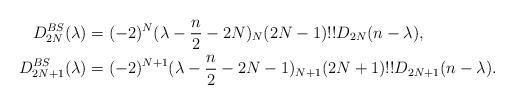
LaTeX: \begin{align*} D^{BS}_{2N}(\lambda)&=(-2)^{N}(\lambda-\frac n2-2N)_N (2N-1)!!D_{2N}(n-\lambda),\\ D^{BS}_{2N+1}(\lambda)&= (-2)^{N+1}(\lambda-\frac n2-2N-1)_{N+1} (2N+1)!!D_{2N+1}(n-\lambda). \end{align*}